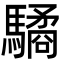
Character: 驈